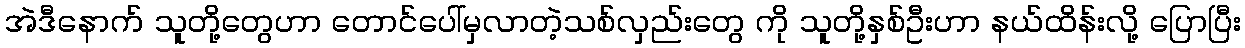
အဲဒီနောက် သူတို့တွေဟာ တောင်ပေါ်မှလာတဲ့သစ်လှည်းတွေ ကို သူတို့နှစ်ဦးဟာ နယ်ထိန်းလို့ ပြောပြီး